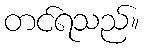
တင်ရသည်။